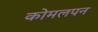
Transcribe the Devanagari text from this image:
कोमलपन